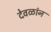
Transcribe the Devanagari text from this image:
देवळांन